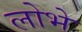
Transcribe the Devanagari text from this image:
लोभे